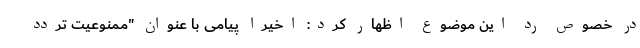
در خصوص رد این موضوع اظهار کرد: اخیرا پیامی با عنوان "ممنوعیت تردد